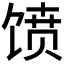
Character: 𱄀